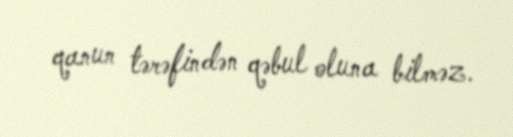
qanun tərəfindən qəbul oluna bilməz.